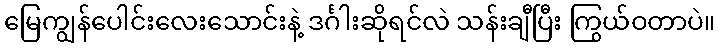
မြေကျွန်ပေါင်းလေးသောင်းနဲ့ ဒင်္ဂါးဆိုရင်လဲ သန်းချီပြီး ကြွယ်ဝတာပဲ။